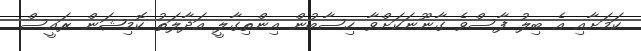
ކަމަށާއި އެ ބިލު ފާސްވެ ގާނޫނަކަށްވާ ހިސާބުން އިންތިގާލީ އަދާލަތު ކޮމިޝަން ރައީސް